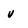
Character: v